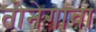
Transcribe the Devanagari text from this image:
तोनेगावा